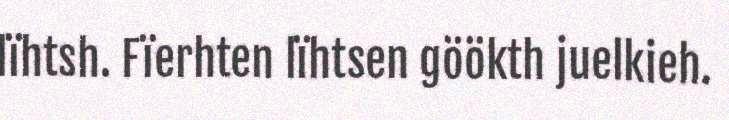
lïhtsh. Fïerhten lïhtsen göökth juelkieh.